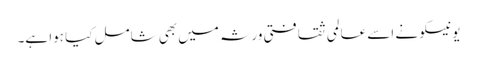
یونیسکو نے اسے عالمی ثقافتی ورثہ میں بھی شامل کیا ہوا ہے۔